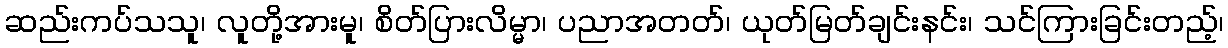
ဆည်းကပ်သသူ၊ လူတို့အားမူ၊ စိတ်ပြားလိမ္မာ၊ ပညာအတတ်၊ ယုတ်မြတ်ချင်းနင်း၊ သင်ကြားခြင်းတည့်၊